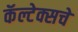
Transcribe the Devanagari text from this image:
कॅल्टेक्सचे